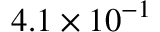
4 . 1 \times 1 0 ^ { - 1 }